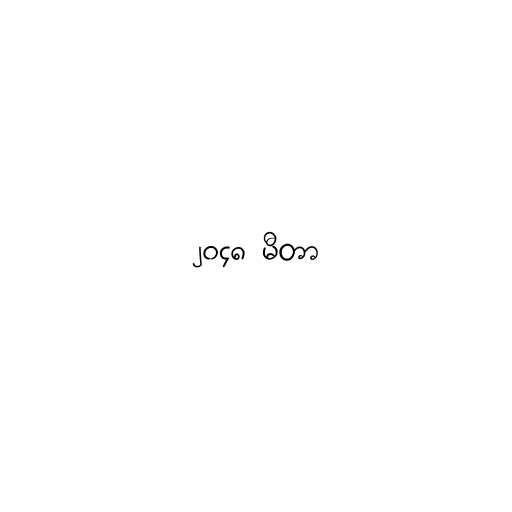
၂၀၄၈ မီတာ